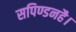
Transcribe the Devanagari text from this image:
सपिण्डनहै।